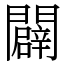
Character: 闢